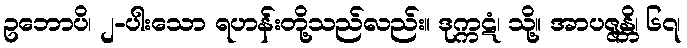
ဥဘောပိ၊ ၂-ပါးသော ရဟန်းတို့သည်လည်း။ ဒုက္ကဋံ၊ သို့။ အာပဇ္ဇန္တိ၊ ၆၇၊